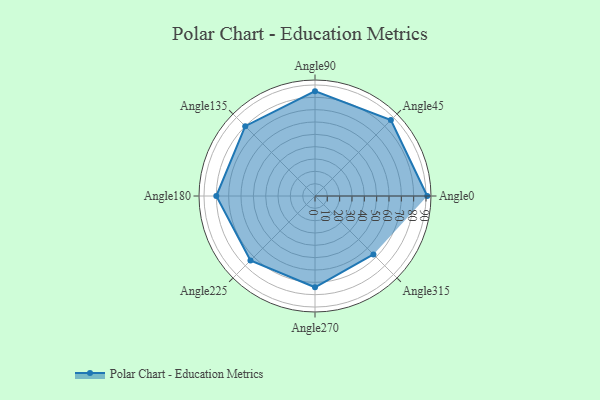
{"axis": {"x": "Angle", "y": "Radius"}, "legend": [""], "data": [{"x": "Angle0", "y": 91.0, "type": ""}, {"x": "Angle45", "y": 87.0, "type": ""}, {"x": "Angle90", "y": 85.0, "type": ""}, {"x": "Angle135", "y": 80.0, "type": ""}, {"x": "Angle180", "y": 80.0, "type": ""}, {"x": "Angle225", "y": 74.0, "type": ""}, {"x": "Angle270", "y": 74.0, "type": ""}, {"x": "Angle315", "y": 67.0, "type": ""}]}